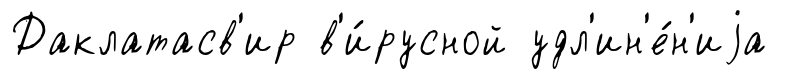
Даклатасв'ир в'и́русной удл'ин'е́н'иjа